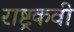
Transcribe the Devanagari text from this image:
राष्ट्रकवी